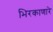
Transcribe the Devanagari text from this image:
भिरकाणारे